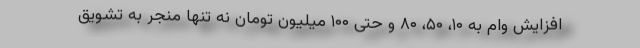
افزایش وام به ۱۰، ۵۰، ۸۰ و حتی ۱۰۰ میلیون تومان نه تنها منجر به تشویق